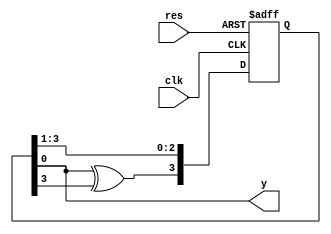
module m_gen (clk,
              res,
              y);

    input clk,res;
    output y;

    reg[3:0] d;
    assign y = d[0];

    always @(posedge clk or negedge res) begin
        if (~res)begin
            d <= 4'b1111;
        end
        else begin
            d[2:0] <= d[3:1];
            d[3]   <= d[0]^d[3];
        end
    end

endmodule //m_gen